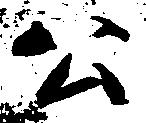
公